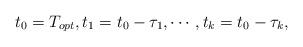
LaTeX: \begin{align*}t_0 = T_{opt}, t_1 = t_0 - \tau_1 , \cdots, t_k = t_0 - \tau_k,\end{align*}